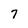
Character: 7